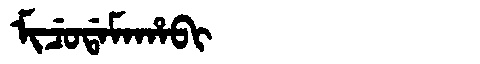
Manchu: ᠮᡳᠴᡠᡩᠠᠮᠠᡥᠠᠪᡳ
Romanization: MICUDAMAHABI